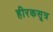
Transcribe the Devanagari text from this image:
हीरकसूत्र